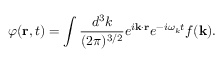
\varphi ( { \bf r } , t ) = \int \frac { d ^ { 3 } k } { ( 2 \pi ) ^ { 3 / 2 } } e ^ { i { \bf k } \cdot { \bf r } } e ^ { - i \omega _ { k } t } f ( { \bf k } ) .